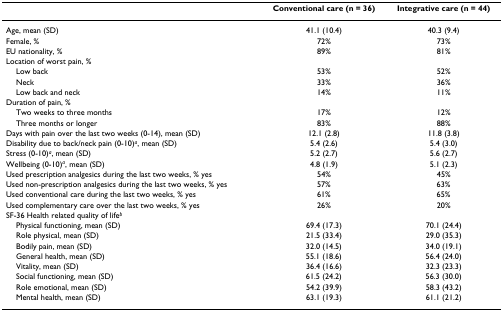
<table><thead><tr><td></td><td><b>Conventional care (n = 36)</b></td><td><b>Integrative care (n = 44)</b></td></tr></thead><tbody><tr><td>Age, mean (SD)</td><td>41.1 (10.4)</td><td>40.3 (9.4)</td></tr><tr><td>Female, %</td><td>72%</td><td>73%</td></tr><tr><td>EU nationality, %</td><td>89%</td><td>81%</td></tr><tr><td>Location of worst pain, %</td><td></td><td></td></tr><tr><td> Low back</td><td>53%</td><td>52%</td></tr><tr><td> Neck</td><td>33%</td><td>36%</td></tr><tr><td> Low back and neck</td><td>14%</td><td>11%</td></tr><tr><td>Duration of pain, %</td><td></td><td></td></tr><tr><td> Two weeks to three months</td><td>17%</td><td>12%</td></tr><tr><td> Three months or longer</td><td>83%</td><td>88%</td></tr><tr><td>Days with pain over the last two weeks (0-14), mean (SD)</td><td>12.1 (2.8)</td><td>11.8 (3.8)</td></tr><tr><td>Disability due to back/neck pain (0-10)<sup><i>a</i></sup>, mean (SD)</td><td>5.4 (2.6)</td><td>5.4 (3.0)</td></tr><tr><td>Stress (0-10)<sup><i>a</i></sup>, mean (SD)</td><td>5.2 (2.7)</td><td>5.6 (2.7)</td></tr><tr><td>Wellbeing (0-10)<sup><i>a</i></sup>, mean (SD)</td><td>4.8 (1.9)</td><td>5.1 (2.3)</td></tr><tr><td>Used prescription analgesics during the last two weeks, % yes</td><td>54%</td><td>45%</td></tr><tr><td>Used non-prescription analgesics during the last two weeks, % yes</td><td>57%</td><td>63%</td></tr><tr><td>Used conventional care during the last two weeks, % yes</td><td>61%</td><td>65%</td></tr><tr><td>Used complementary care over the last two weeks, % yes</td><td>26%</td><td>20%</td></tr><tr><td>SF-36 Health related quality of life<sup><i>b</i></sup></td><td></td><td></td></tr><tr><td> Physical functioning, mean (SD)</td><td>69.4 (17.3)</td><td>70.1 (24.4)</td></tr><tr><td> Role physical, mean (SD)</td><td>21.5 (33.4)</td><td>29.0 (35.3)</td></tr><tr><td> Bodily pain, mean (SD)</td><td>32.0 (14.5)</td><td>34.0 (19.1)</td></tr><tr><td> General health, mean (SD)</td><td>55.1 (18.6)</td><td>56.4 (24.0)</td></tr><tr><td> Vitality, mean (SD)</td><td>36.4 (16.6)</td><td>32.3 (23.3)</td></tr><tr><td> Social functioning, mean (SD)</td><td>61.5 (24.2)</td><td>56.3 (30.0)</td></tr><tr><td> Role emotional, mean (SD)</td><td>54.2 (39.9)</td><td>58.3 (43.2)</td></tr><tr><td> Mental health, mean (SD)</td><td>63.1 (19.3)</td><td>61.1 (21.2)</td></tr></tbody></table>